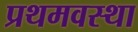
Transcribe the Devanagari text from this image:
प्रथमवस्था